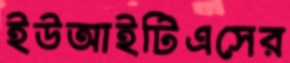
ইউআইটিএসের